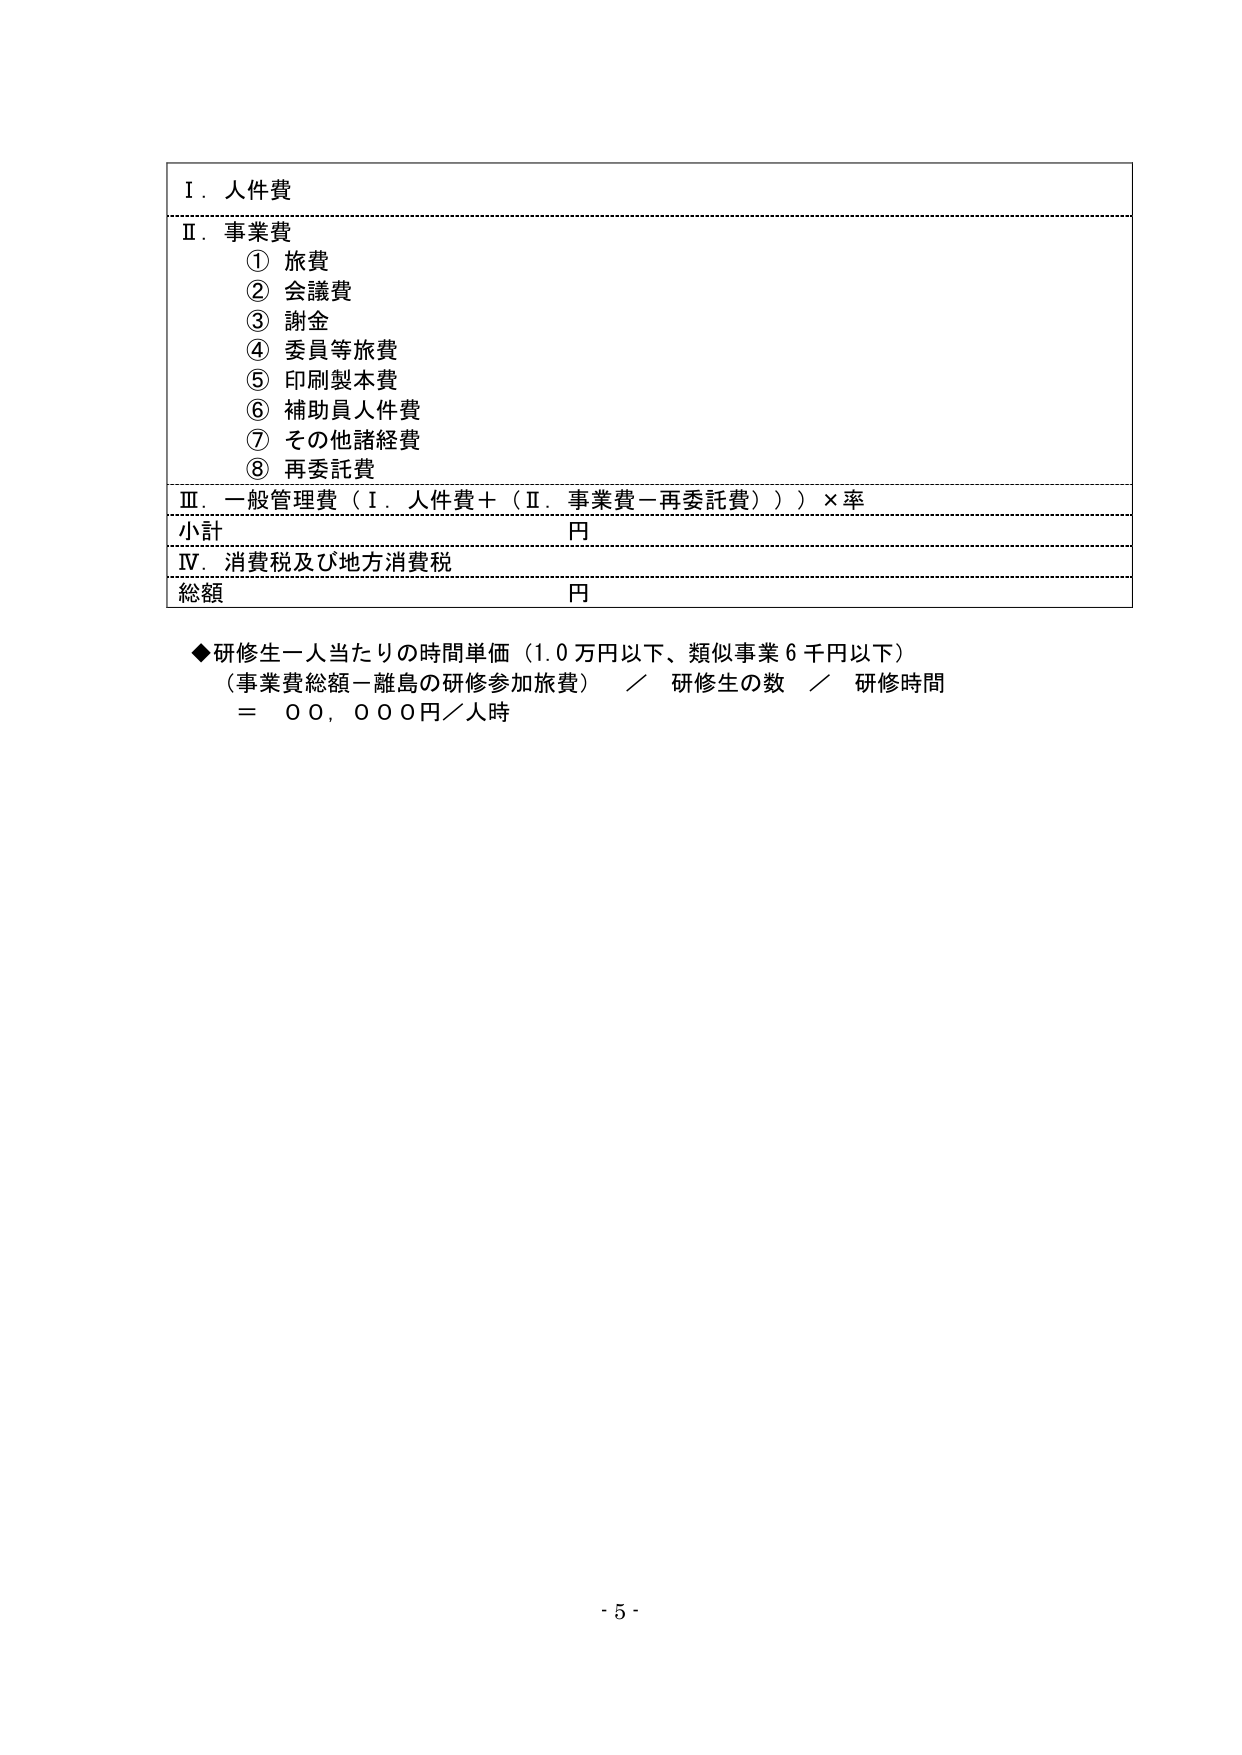
Ⅰ．人件費
Ⅱ．事業費
　① 旅費
　② 会議費
　③ 謝金
　④ 委員等旅費
　⑤ 印刷製本費
　⑥ 補助員人件費
　⑦ その他諸経費
　⑧ 再委託費
Ⅲ．一般管理費（Ⅰ．人件費＋（Ⅱ．事業費－再委託費））×率
小計